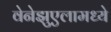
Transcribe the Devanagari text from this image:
वेनेझुएलामध्ये